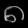
Digit: ၈